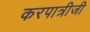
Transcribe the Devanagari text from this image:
करपात्रीजी